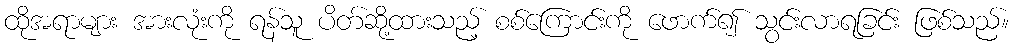
ထိုအရာများ အားလုံးကို ရန်သူ ပိတ်ဆို့ထားသည့် စစ်ကြောင်းကို ဖောက်၍ သွင်းလာရခြင်း ဖြစ်သည်။